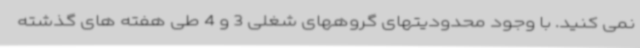
نمی کنید. با وجود محدودیتهای گروههای شغلی 3 و 4 طی هفته های گذشته